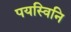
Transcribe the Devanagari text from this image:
पयस्विनि